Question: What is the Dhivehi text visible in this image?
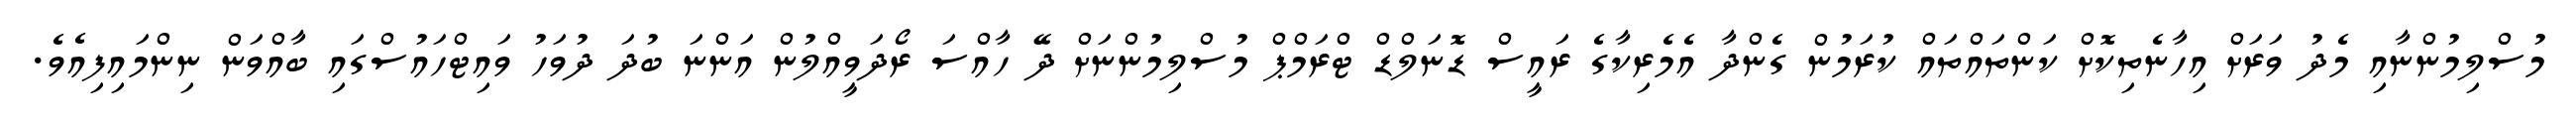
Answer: މުސްލިމުންނާއި މެދު ވަރަށް އިހާނެތިކޮށް ކަންތައްތައް ކުރަމުން ގެންދާ އެމެރިކާގެ ރައީސް ޑޮނަލްޑް ޓްރަމްޕް މުސްލިމުންނަށް ދޭ ހާއްސަ ރޯދަވީއްލުން އަންނަ ބުދަ ދުވަހު ވައިޓްހައުސްގައި ބާއްވަން ނިންމައިފިއެވެ.